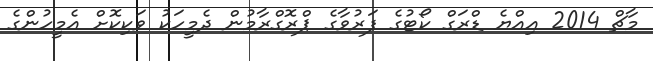
މާޗް 2014 އިއްޔެ ޑްރަގް ކޯޓުގެ ފަރުވާގެ ޕްރޮގްރާމުން ދެމީހަކު ވަކިކޮށް އެމީހުންގެ